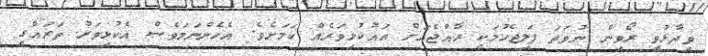
ވިދާޅުވީ ރޯވިން ނުވަތަ ފަލިޖެހުމަކީ ރާއްޖެއަށް އައުކުޅިވަރެއް ކަމަށެވެ. އެހެންނަމަވެސް އެކުޅިވަރު ތަރައްގީ